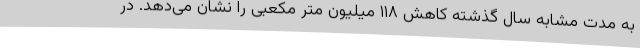
به مدت مشابه سال گذشته کاهش ۱۱۸ میلیون متر مکعبی را نشان می‌دهد. در